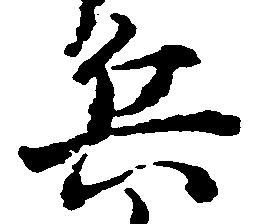
兵